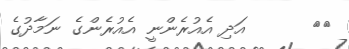
٣٤      އަދި އެއުރެންނީ އެއުރެންގެ ނަމާދުގެ